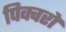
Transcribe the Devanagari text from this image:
पिक्चरों